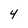
Character: 4